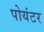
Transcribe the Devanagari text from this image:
पोयंटर